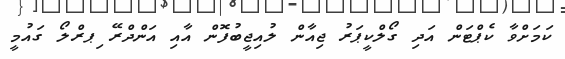
ކަމަށްވާ ކެޕްޓަން އަދި ގޯލްކީޕަރު ޖިއާން ލުއިޖީބުފޮން އާއި އަންދްރޭ ިޕރްލޯ ގައުމީ